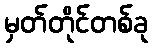
မှတ်တိုင်တစ်ခု